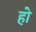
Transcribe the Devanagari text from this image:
हो